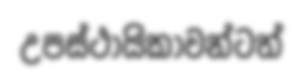
උපස්ථායිකාවන්ටත්